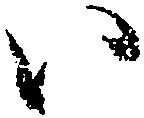
い